Report on sanitation, dispensaries, and jails in Rajputana for 1909, and on vaccination for the year 1909-1910 - 1909-1910
Year: 1909
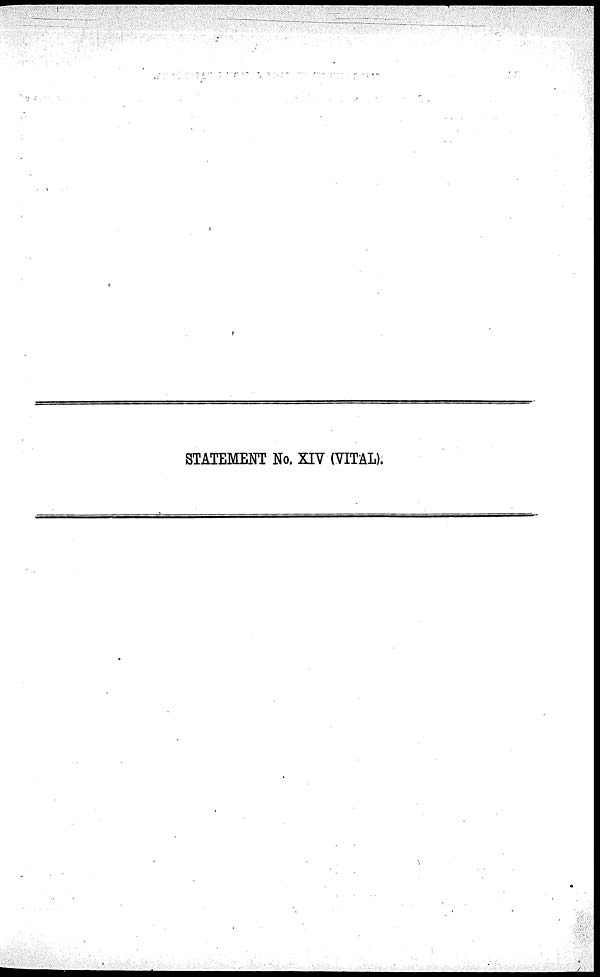
STATEMENT No. XIV (VITAL).